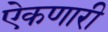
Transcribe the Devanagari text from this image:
ऐकणारी